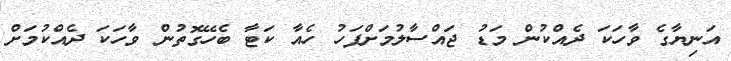
އަނިޔާގެ ވާހަކަ ދެއްކުން މަޑު ޖައްސާލުމަށްފަހު ހެއާ ކަޓާ ބެހޭގޮތުން ވާހަކަ ދެއްކުމަށް